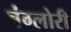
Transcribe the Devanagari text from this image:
बंग्लोरी